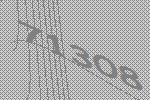
71308